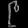
Digit: ၉